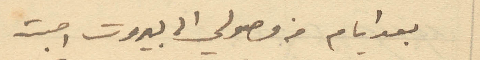
بعد ايام من وصولي الى بيروت اصبت